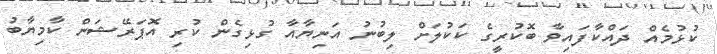
ކުޅުމެއް ދައްކާފައިވާ ބޮކުރީގެ ކަކުލަށް ލިބުނު އަނިޔާއާ ގުޅިގެން ކުރި އޮޕަރޭޝަން ކާމިޔާބު